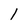
Character: 1